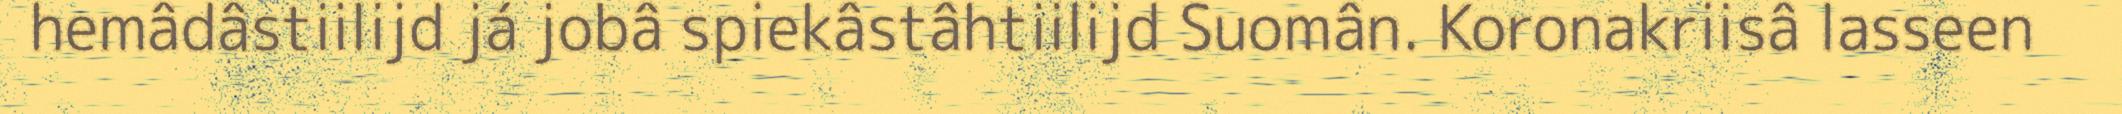
hemâdâstiilijd já jobâ spiekâstâhtiilijd Suomân. Koronakriisâ lasseen